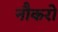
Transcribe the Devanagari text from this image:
नौकरो